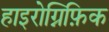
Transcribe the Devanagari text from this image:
हाइरोग्निफ़िक